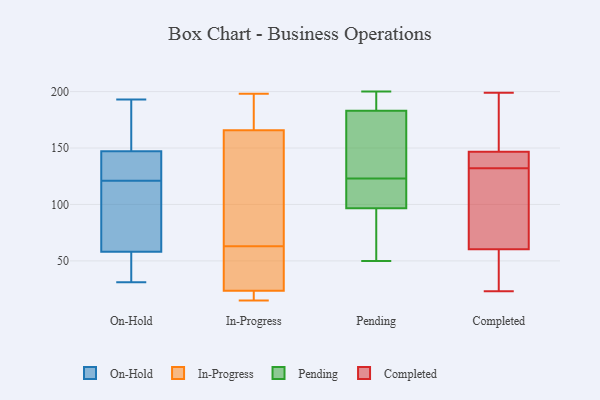
{"axis": {"x": "Bounce Rate (%)", "y": "Value"}, "legend": ["Completed", "In-Progress", "On-Hold", "Pending"], "data": [{"x": "", "y": 193, "type": "On-Hold"}, {"x": "", "y": 58, "type": "On-Hold"}, {"x": "", "y": 170, "type": "On-Hold"}, {"x": "", "y": 134, "type": "On-Hold"}, {"x": "", "y": 58, "type": "On-Hold"}, {"x": "", "y": 145, "type": "On-Hold"}, {"x": "", "y": 121, "type": "On-Hold"}, {"x": "", "y": 31, "type": "On-Hold"}, {"x": "", "y": 74, "type": "On-Hold"}, {"x": "", "y": 142, "type": "On-Hold"}, {"x": "", "y": 148, "type": "On-Hold"}, {"x": "", "y": 60, "type": "On-Hold"}, {"x": "", "y": 170, "type": "On-Hold"}, {"x": "", "y": 35, "type": "On-Hold"}, {"x": "", "y": 182, "type": "On-Hold"}, {"x": "", "y": 104, "type": "On-Hold"}, {"x": "", "y": 36, "type": "On-Hold"}, {"x": "", "y": 145, "type": "On-Hold"}, {"x": "", "y": 35, "type": "On-Hold"}, {"x": "", "y": 157, "type": "In-Progress"}, {"x": "", "y": 25, "type": "In-Progress"}, {"x": "", "y": 174, "type": "In-Progress"}, {"x": "", "y": 32, "type": "In-Progress"}, {"x": "", "y": 15, "type": "In-Progress"}, {"x": "", "y": 63, "type": "In-Progress"}, {"x": "", "y": 120, "type": "In-Progress"}, {"x": "", "y": 197, "type": "In-Progress"}, {"x": "", "y": 17, "type": "In-Progress"}, {"x": "", "y": 163, "type": "In-Progress"}, {"x": "", "y": 46, "type": "In-Progress"}, {"x": "", "y": 198, "type": "In-Progress"}, {"x": "", "y": 19, "type": "In-Progress"}, {"x": "", "y": 200, "type": "Pending"}, {"x": "", "y": 193, "type": "Pending"}, {"x": "", "y": 122, "type": "Pending"}, {"x": "", "y": 117, "type": "Pending"}, {"x": "", "y": 171, "type": "Pending"}, {"x": "", "y": 114, "type": "Pending"}, {"x": "", "y": 52, "type": "Pending"}, {"x": "", "y": 187, "type": "Pending"}, {"x": "", "y": 123, "type": "Pending"}, {"x": "", "y": 131, "type": "Pending"}, {"x": "", "y": 133, "type": "Pending"}, {"x": "", "y": 91, "type": "Pending"}, {"x": "", "y": 50, "type": "Pending"}, {"x": "", "y": 67, "type": "Pending"}, {"x": "", "y": 188, "type": "Pending"}, {"x": "", "y": 25, "type": "Completed"}, {"x": "", "y": 170, "type": "Completed"}, {"x": "", "y": 23, "type": "Completed"}, {"x": "", "y": 173, "type": "Completed"}, {"x": "", "y": 199, "type": "Completed"}, {"x": "", "y": 40, "type": "Completed"}, {"x": "", "y": 147, "type": "Completed"}, {"x": "", "y": 122, "type": "Completed"}, {"x": "", "y": 134, "type": "Completed"}, {"x": "", "y": 64, "type": "Completed"}, {"x": "", "y": 42, "type": "Completed"}, {"x": "", "y": 145, "type": "Completed"}, {"x": "", "y": 146, "type": "Completed"}, {"x": "", "y": 86, "type": "Completed"}, {"x": "", "y": 171, "type": "Completed"}, {"x": "", "y": 78, "type": "Completed"}, {"x": "", "y": 132, "type": "Completed"}, {"x": "", "y": 59, "type": "Completed"}, {"x": "", "y": 136, "type": "Completed"}]}